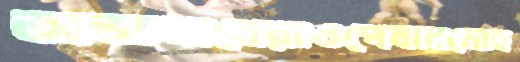
অভাজনেরাওপেষানমোহ